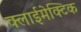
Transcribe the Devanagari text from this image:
क्लाईमेक्टिक